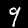
Digit: 9